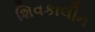
શિવકાલીન